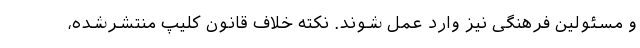
و مسئولین فرهنگی نیز وارد عمل شوند. نکته خلاف قانون کلیپ منتشرشده،